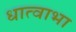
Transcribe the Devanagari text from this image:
धात्वाभा